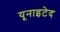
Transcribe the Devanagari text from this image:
यूनाइटेद